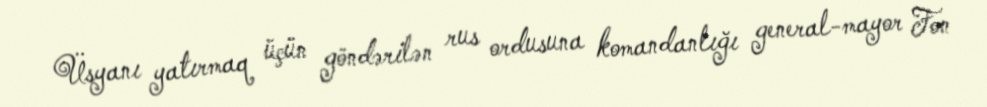
Üsyanı yatırmaq üçün göndərilən rus ordusuna komandanlığı general-mayor Fon